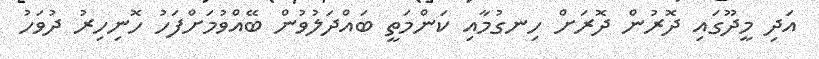
އަދި މީދޫގައި ދޮރުން ދޮރަށް ހިނގުމާއި ކަންމަތީ ބައްދަލުވުން ބޭއްވުމަށްފަހު ހޮނިހިރު ދުވަހު